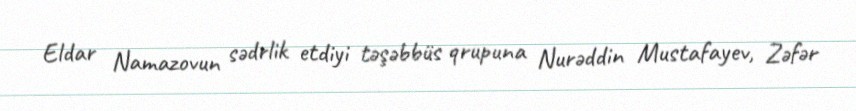
Eldar Namazovun sədrlik etdiyi təşəbbüs qrupuna Nurəddin Mustafayev, Zəfər